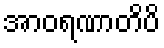
အာဝရဏာတိပိ